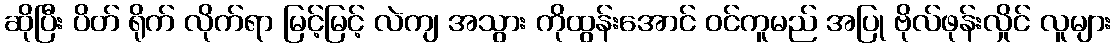
ဆိုပြီး ပိတ် ရိုက် လိုက်ရာ မြင့်မြင့် လဲကျ အသွား ကိုထွန်းအောင် ဝင်ကူမည် အပြု ဗိုလ်ဖုန်းလှိုင် လူများ